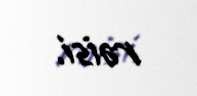
rəisi.